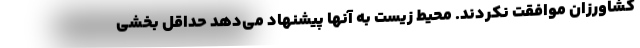
کشاورزان موافقت نکردند. محیط زیست به آنها پیشنهاد می‌دهد حداقل بخشی